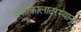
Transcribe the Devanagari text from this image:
सत्ताकालादरम्यान